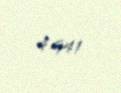
4 941